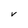
Character: V